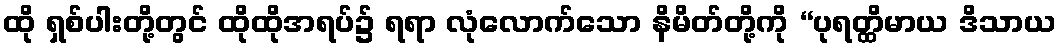
ထို ရှစ်ပါးတို့တွင် ထိုထိုအရပ်၌ ရရာ လုံလောက်သော နိမိတ်တို့ကို “ပုရတ္ထိမာယ ဒိသာယ